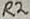
Text: R2